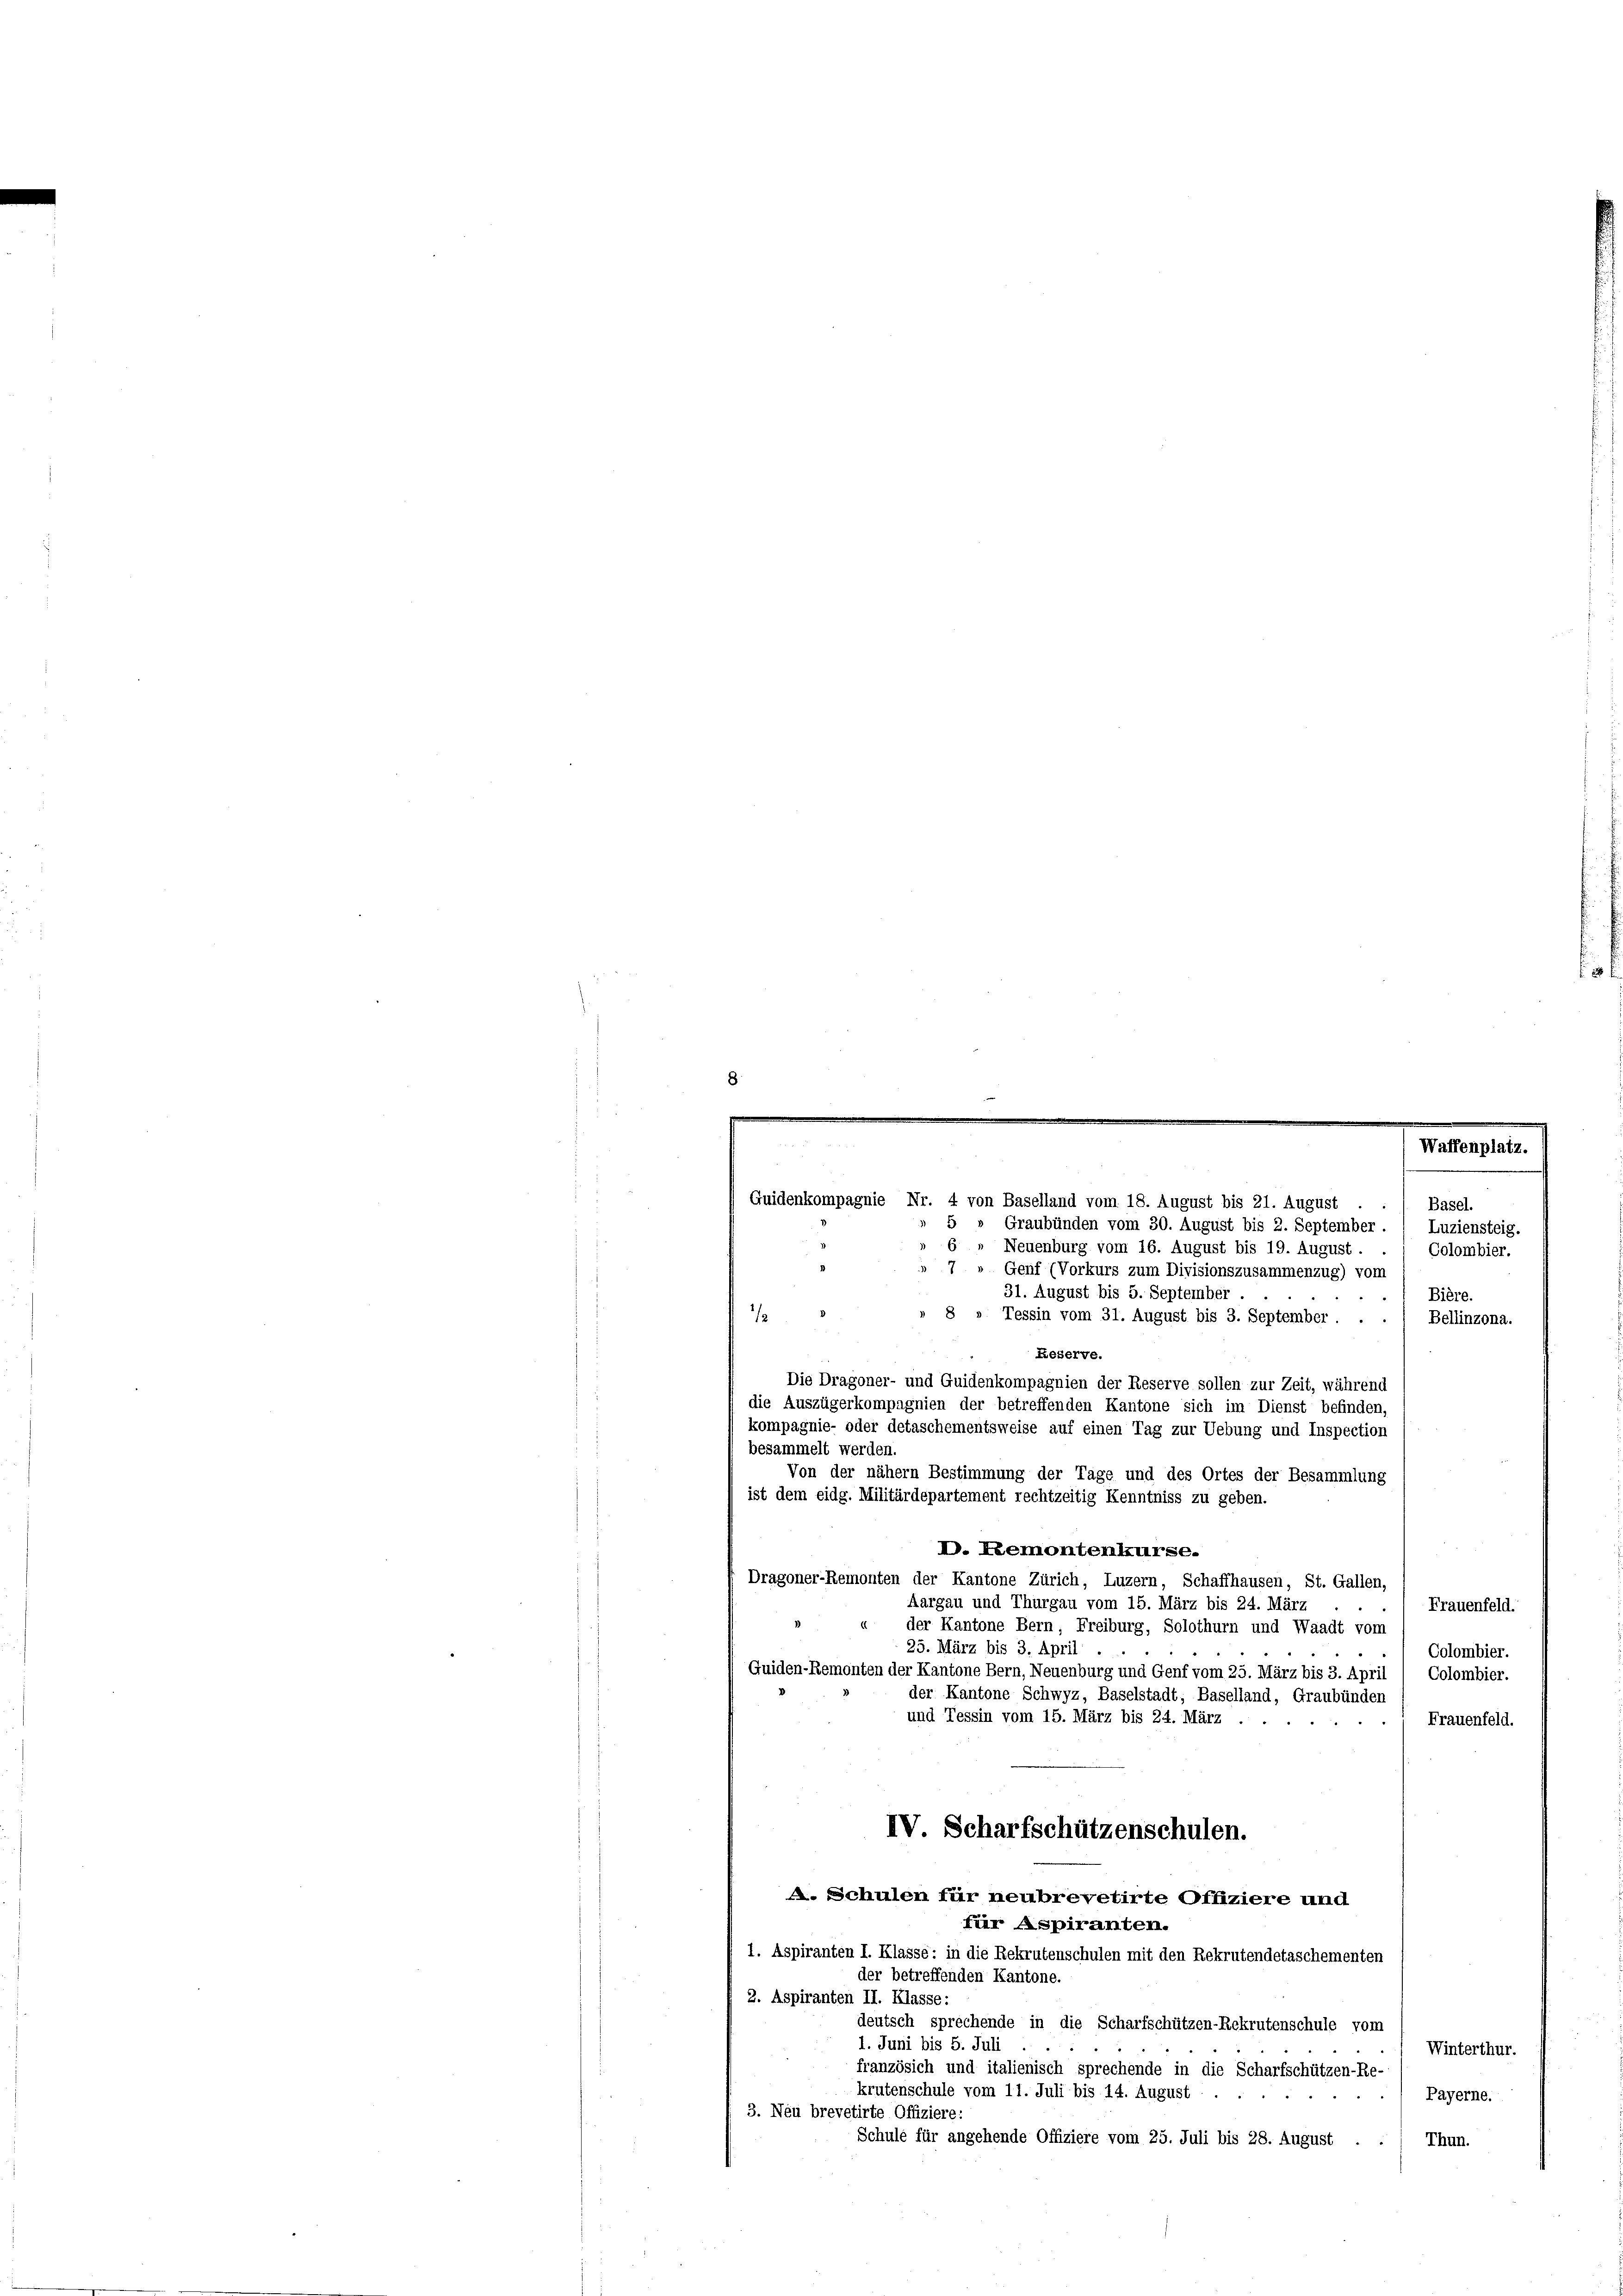
.
.
Waffenplatz.
Guidenkompagnie Nr. 4 von Baselland vom 18. August bis 21. August
Basel.
5
Graubünden vom 30. August bis 2. September.
Luziensteig.
6 „ Neuenburg vom 16. August bis 19. August.
Colombier.

Genf (Vorkurs zum Divisionszusammenzug) vom
31. August bis 5. September
Bière.
Tessin vom 31. August bis 3. September . .
1
Bellinzona.
Leserve.
besammelt werden.
Von der nähern Bestimmung der Tage und des Ortes der Besammlung
ist dem eidg. Militärdepartement rechtzeitig Kenntniss zu geben.
D. Remontenkurse.
Dragoner-Remonten der Kantone Zürich, Luzern, Schaffhausen, St. Gallen,
Aargau und Thurgau vom 15. März bis 24. März
Frauenfeld.
d
1
der Kantone Bern, Freiburg, Solothurn und Waadt vom
25. März bis 3. April
Colombier.
Quiden-Remonten der Kantone Bern, Neuenburg und Genf vom 25. März bis 3. April
Colombier.
der Kantone Schwyz, Baselstadt, Baselland, Graubünden
und Tessin vom 15. März bis 24. März .
Frauenfeld.
IV Scharfschützenschulen.
A. Schulen für neubrevetirte Offiziere und
fier Aspiranten.
1. Aspiranten I. Klasse: in die Rekrutenschulen mit den Rekrutendetaschementen
der betreffenden Kantone.
2. Aspiranten II. Klasse:
deutsch sprechende in die Scharfschützen-Rekrutenschule vom
1. Juni bis 5. Juli
Winterthur.
französich und italienisch sprechende in die Scharfschützen-Re-
krutenschule vom 11. Juli bis 14. August
Payerne.
3. Neu brevetirte Offiziere:
Schule für angehende Offiziere vom 25. Juli bis 28. August .
Thun.

Die Dragoner- und Guidenkompagnien der Reserve sollen zur Zeit, während
die Auszügerkompagnien der betreffenden Kantone sich im Dienst befinden,
kompagnie- oder detaschementsweise auf einen Tag zur Uebung und Inspection